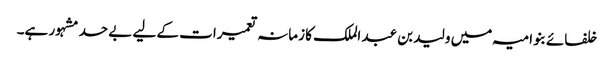
خلفائے بنو امیہ میں ولید بن عبد الملک کا زمانہ تعمیرات کے لیے بے حد مشہور ہے۔